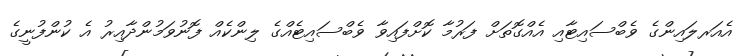
އެއަރލައިންގެ ވެބްސައިޓާއި އެއްގޮތަށް ފަރުމާ ކޮށްފައިވާ ވެބްސައިޓެއްގެ ލިންކެއް ފޮނުވަމުންދާއިރު އެ ކުންފުނީގެ